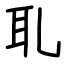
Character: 耴